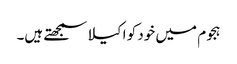
ہجوم میں خود کو اکیلا سمجھتے ہیں۔